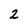
Character: 2